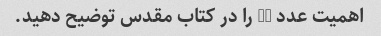
اهمیت عدد 10 را در کتاب مقدس توضیح دهید.